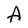
Character: A